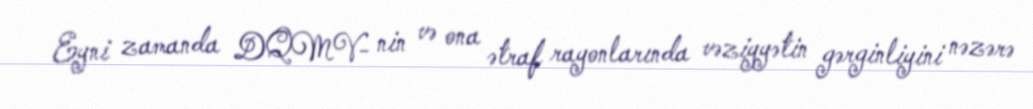
Eyni zamanda DQMV- nin və ona ətraf rayonlarında vəziyyətin gərginliyini nəzərə